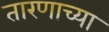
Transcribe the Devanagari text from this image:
तारणाच्या